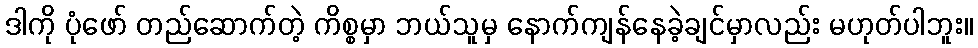
ဒါကို ပုံဖော် တည်ဆောက်တဲ့ ကိစ္စမှာ ဘယ်သူမှ နောက်ကျန်နေခဲ့ချင်မှာလည်း မဟုတ်ပါဘူး။